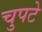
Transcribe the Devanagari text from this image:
चुपटे